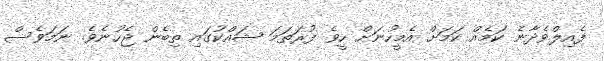
ފެއިލްވެދާނެ ކަމެއް ކަމަށް އެމީހުނަށް ހީވެ ފުރަތަމަ ޝައްކުގައި ތިބެން ޖެހުނެވެ. ނަމަވެސް